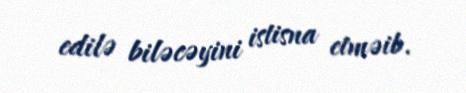
edilə biləcəyini istisna etməib.